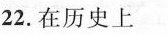
22.在历史上